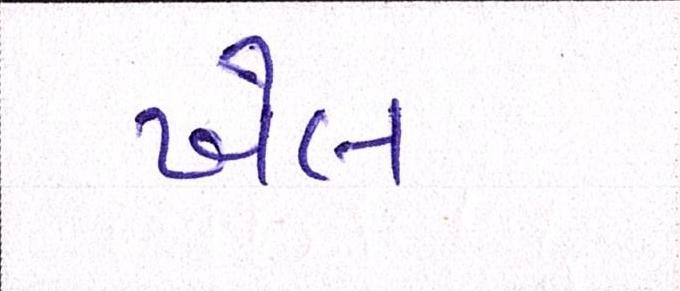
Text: ખેલ